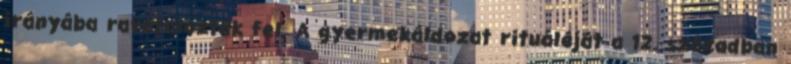
irányába ravatalozták fel. A gyermekáldozat rituáléját a 12. században